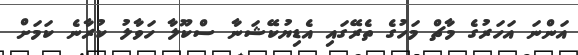
އަންނަ އަހަރުގެ މާޗް މަހުގެ ތެރޭގައި އެޑިޔުކޭޝަނާ ސްކޫލާ ހަވާލު ކުރާނެ ކަމަށް